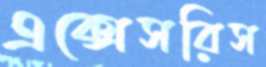
এক্সেসরিস